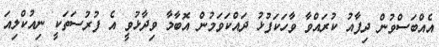
އެއްބަސްވުން ދިފާއު ކުރައްވާ ވާހަކަފުޅު ދައްކަވަމުން އޮބާމާ ވިދާޅުވީ އެ ފުރުސަތަކީ ނިއުކްލިއަ